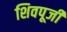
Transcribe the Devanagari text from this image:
शिवपूजी